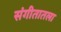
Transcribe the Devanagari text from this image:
संगीतातला